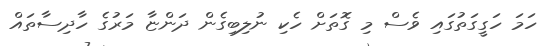
ހަމަ ހަގީގަތުގައި ވެސް މި ގޮތަށް ހެކި ނުލިބިގެން ދަންޏާ މަރުގެ ހާދިސާތައް